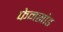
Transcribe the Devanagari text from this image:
फेनसोड